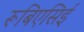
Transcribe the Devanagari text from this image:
रूबिएसिई